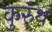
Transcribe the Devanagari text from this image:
कुरुंथ